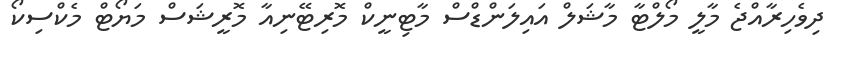
ދިވެހިރާއްޖެ މާލީ މޯލްޓާ މާޝަލް އައިލަންޑްސް މާޓިނީކް މޮރިޓޭނިއާ މޮރީޝަސް މަޔޯޓް މެކްސިކޯ